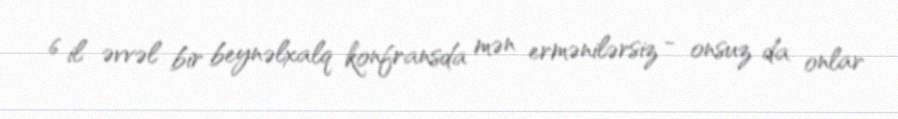
6 il əvvəl bir beynəlxalq konfransda mən ermənilərsiz - onsuz da onlar